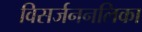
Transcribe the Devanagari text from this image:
विसर्जननलिका